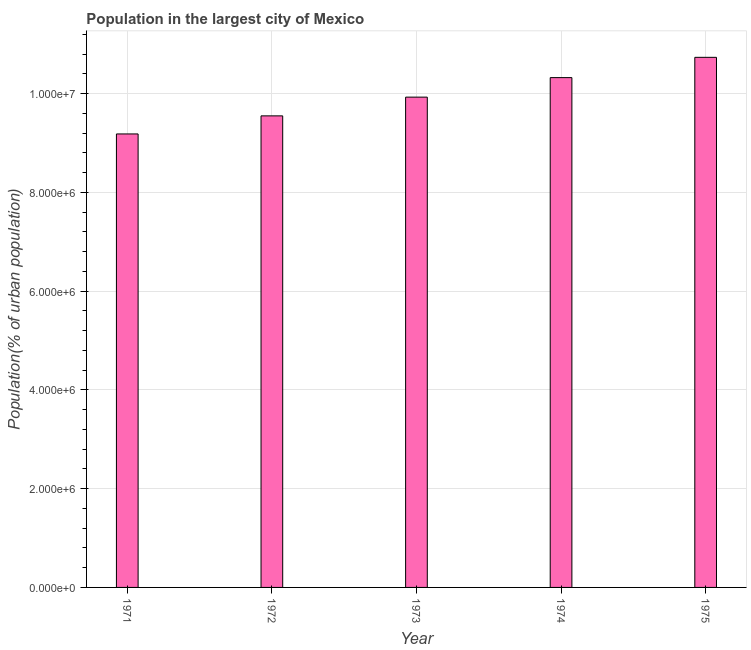
| Year | Population in largest city |
 | --- | --- |
 | 1971 | 9.18e+06 |
 | 1972 | 9.55e+06 |
 | 1973 | 9.93e+06 |
 | 1974 | 1.03e+07 |
 | 1975 | 1.07e+07 |